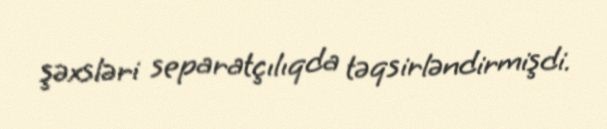
şəxsləri separatçılıqda təqsirləndirmişdi.